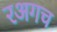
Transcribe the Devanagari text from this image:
रअगच